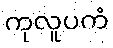
ကုလူပကံ